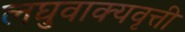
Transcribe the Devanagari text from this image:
लघुवाक्यवृत्ती